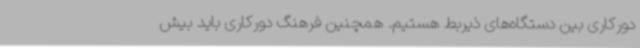
دورکاری بین دستگاه‌های ذیربط هستیم. همچنین فرهنگ دورکاری باید بیش